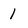
Character: 1